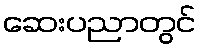
ဆေးပညာတွင်